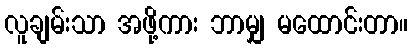
လူချမ်းသာ အဖို့ကား ဘာမျှ မထောင်းတာ။